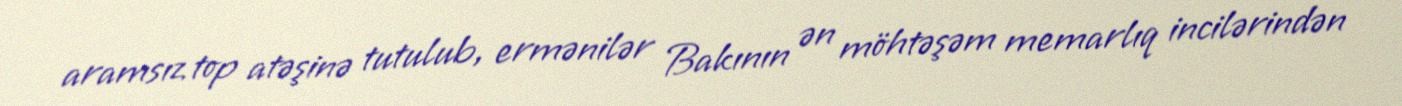
aramsız top atəşinə tutulub, ermənilər Bakının ən möhtəşəm memarlıq incilərindən